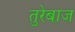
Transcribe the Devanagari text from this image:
तुरेबाज